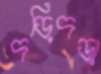
দড়িদড়া